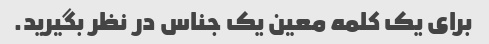
برای یک کلمه معین یک جناس در نظر بگیرید.